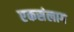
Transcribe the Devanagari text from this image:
एकसंलाग